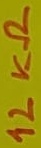
Text: 12KΩ